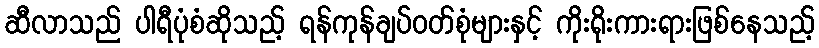
ဆီလာသည် ပါရီပုံစံဆိုသည့် ရန်ကုန်ချပ်ဝတ်စုံများနှင့် ကိုးရိုးကားရားဖြစ်နေသည့်